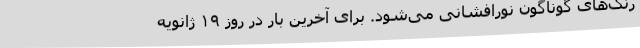
رنگ‌های گوناگون نورافشانی می‌شود. برای آخرین بار در روز ۱۹ ژانویه